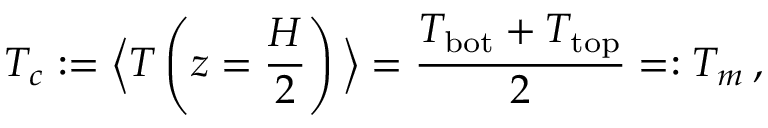
T _ { c } : = \Big \langle T \left( z = \frac { H } { 2 } \right) \Big \rangle = \frac { T _ { \mathrm { b o t } } + T _ { \mathrm { t o p } } } { 2 } = : T _ { m } \, ,